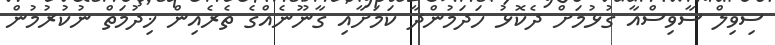
ސިވިލް ސާވިސްއާ ގުޅުމަށް ދެކޮޅު ހަދަމުންދާ ކަމަށާއި ގާނޫނެއްގެ ތެރެއިން ޚިދުމަތް ނުކުރުމުން